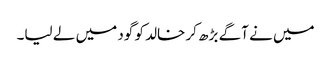
میں نے آگے بڑھ کر خالد کو گود میں لے لیا۔